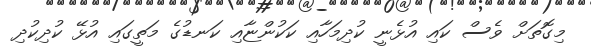
މިގޮތަށް ވެސް ކައި އުޅެނީ ކުދިމަހާއި ކަކުންޏާއި ކަނޑުގެ މަތީގައި އުޅޭ ކުދިކުދި